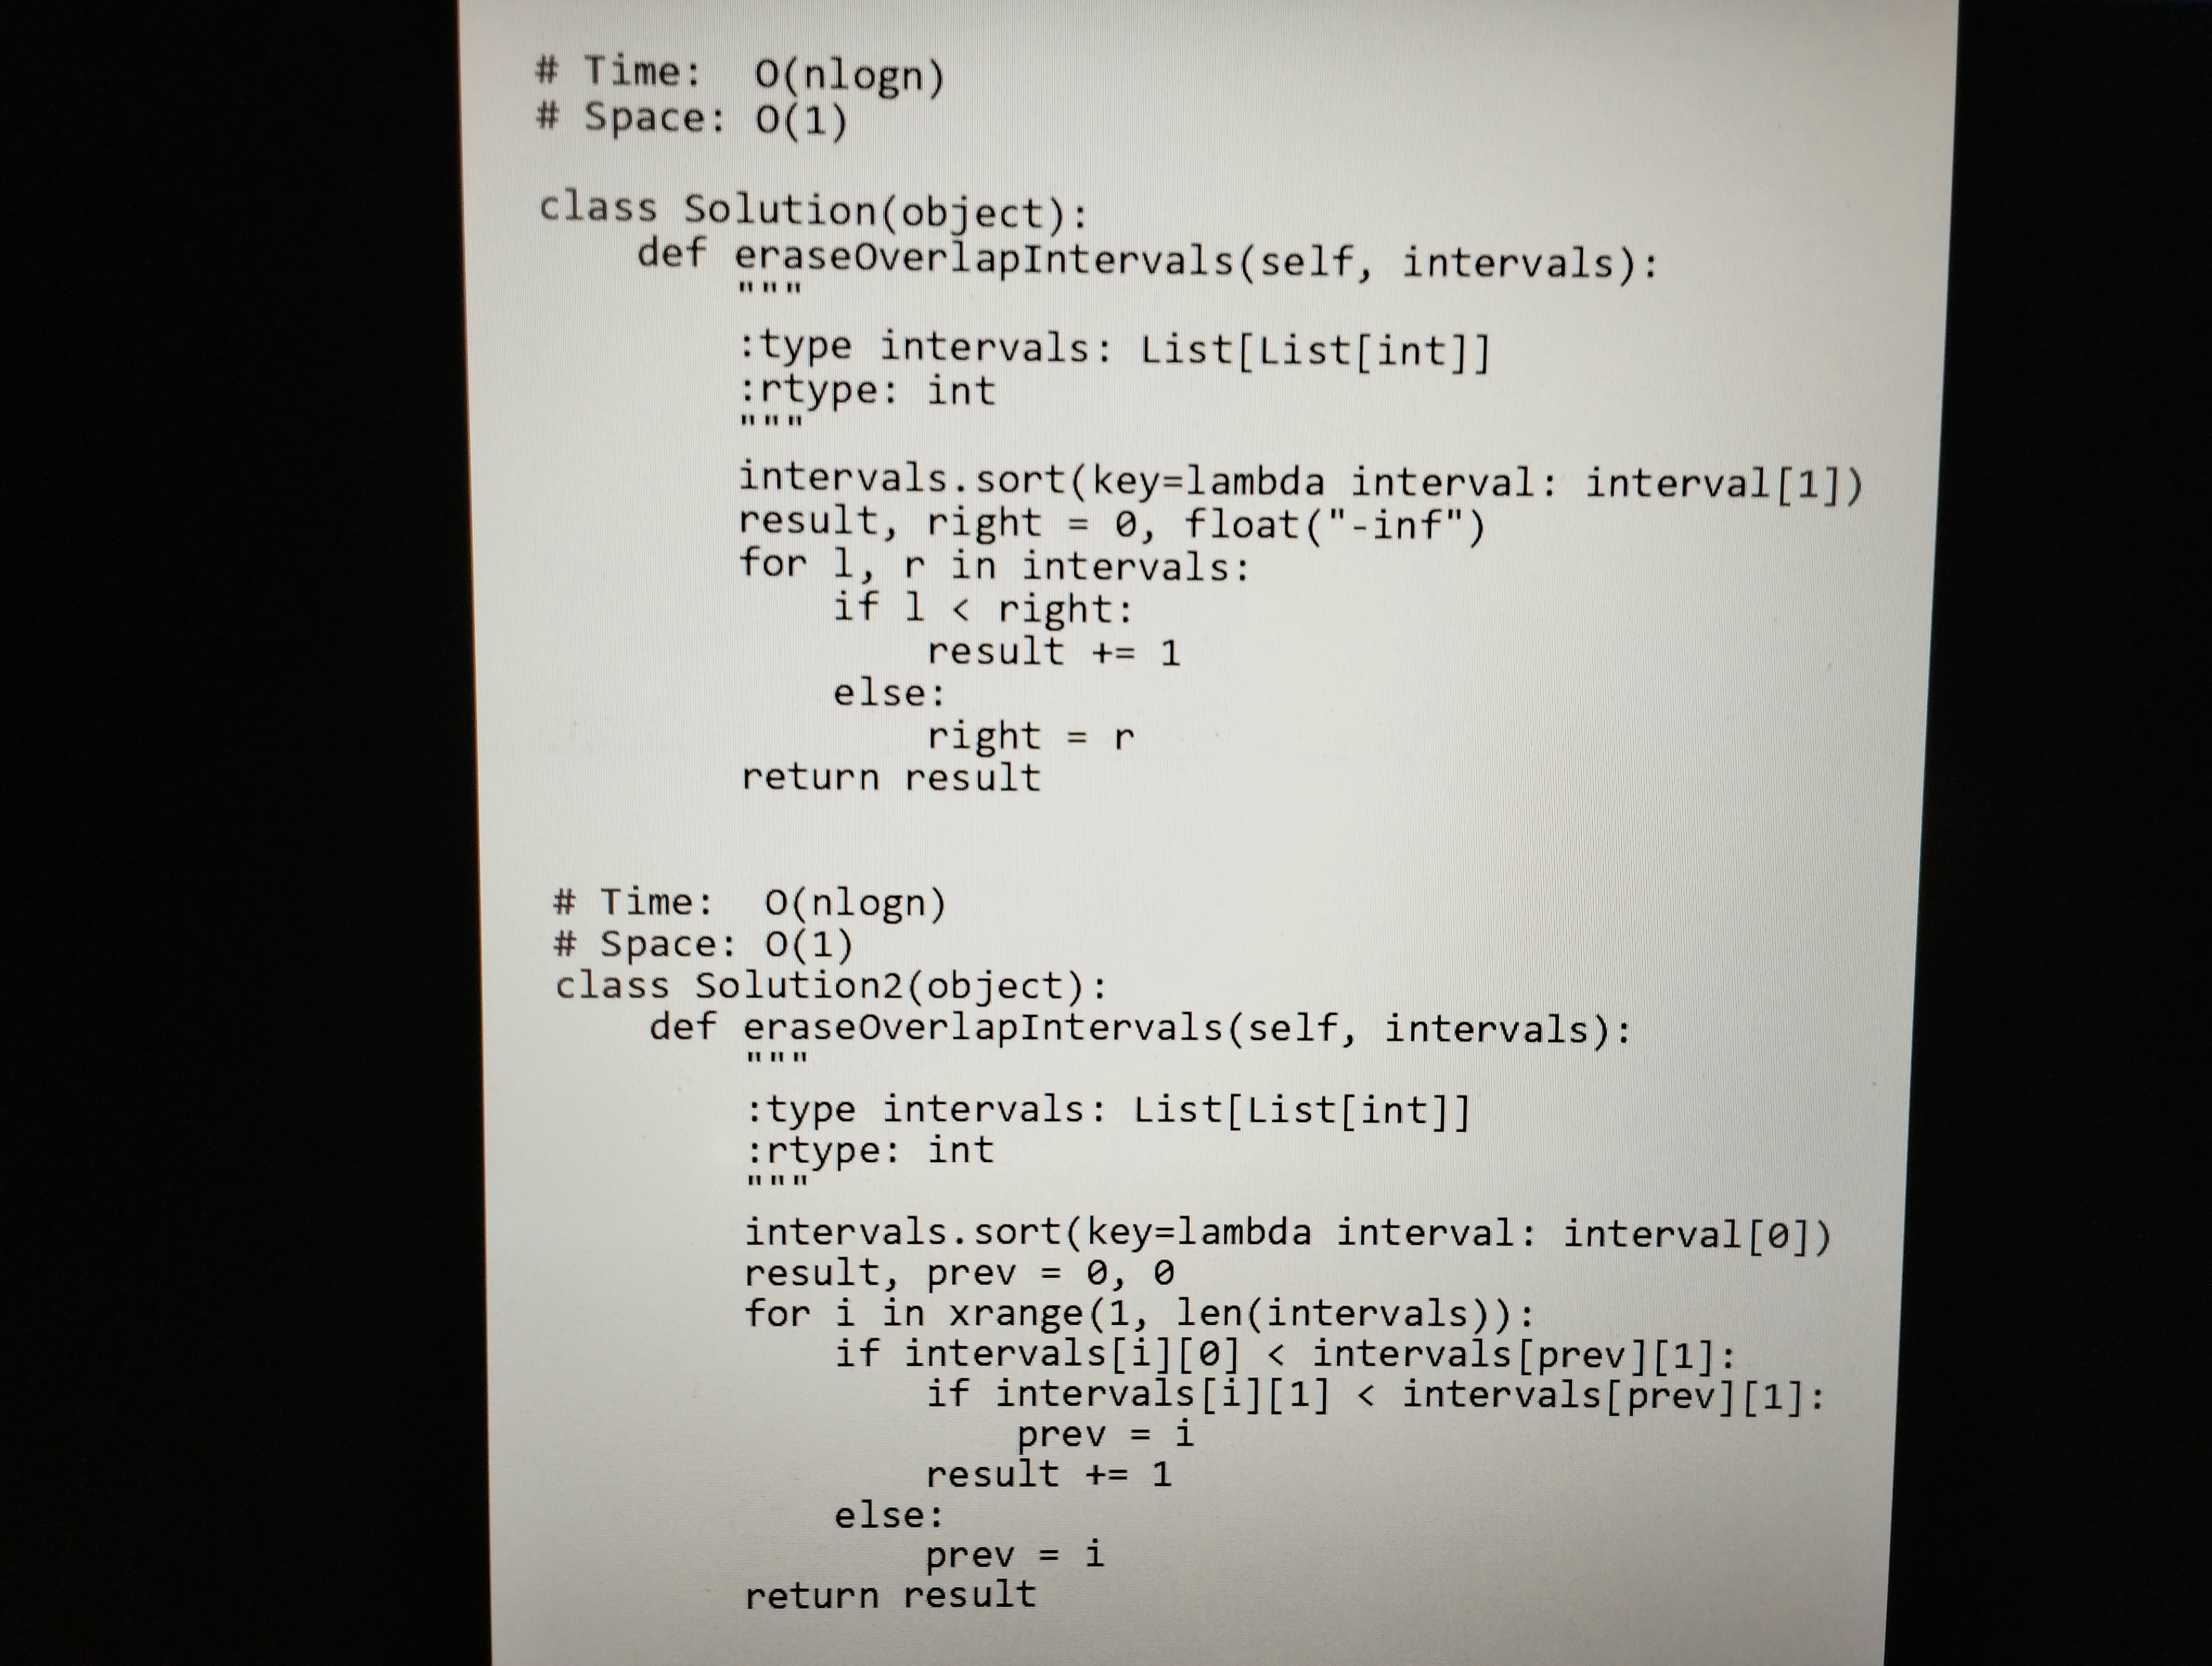
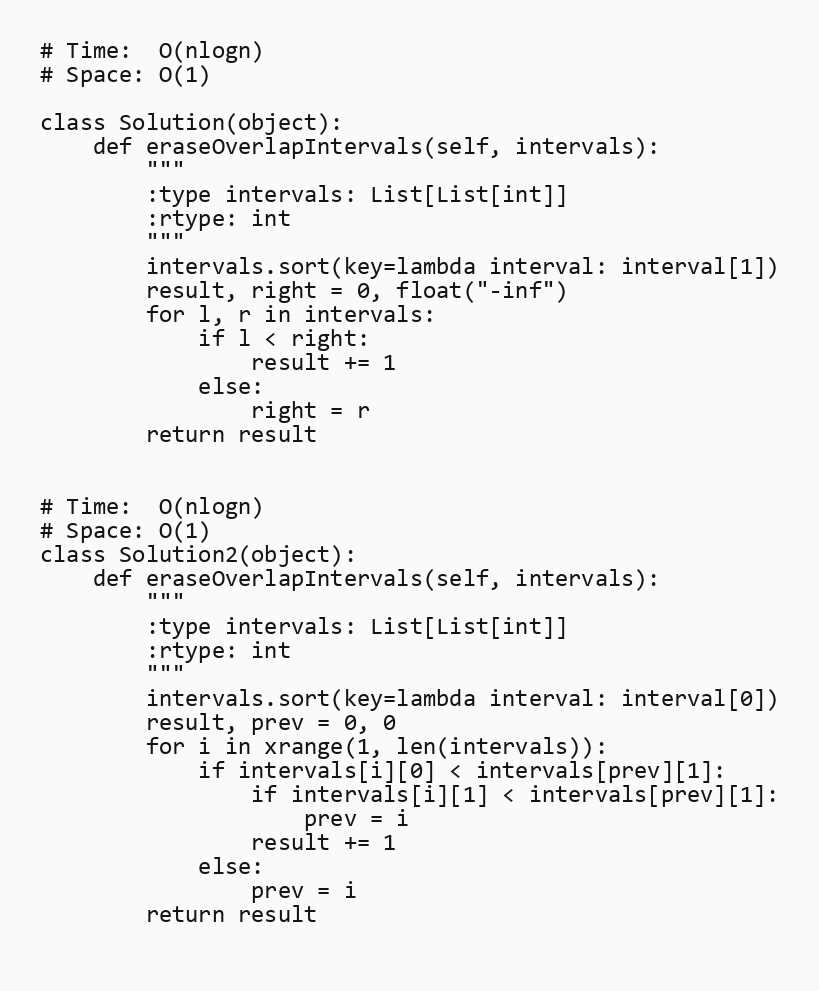
# Time:  O(nlogn)
# Space: O(1)

class Solution(object):
    def eraseOverlapIntervals(self, intervals):
        """
        :type intervals: List[List[int]]
        :rtype: int
        """
        intervals.sort(key=lambda interval: interval[1])
        result, right = 0, float("-inf")
        for l, r in intervals:
            if l < right:
                result += 1
            else:
                right = r
        return result

# Time:  O(nlogn)
# Space: O(1)
class Solution2(object):
    def eraseOverlapIntervals(self, intervals):
        """
        :type intervals: List[List[int]]
        :rtype: int
        """
        intervals.sort(key=lambda interval: interval[0])
        result, prev = 0, 0
        for i in xrange(1, len(intervals)):
            if intervals[i][0] < intervals[prev][1]:
                if intervals[i][1] < intervals[prev][1]:
                    prev = i
                result += 1
            else:
                prev = i
        return result